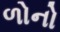
ળોનો